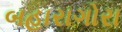
બહારાગોરા